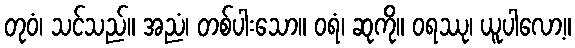
တုဝံ၊ သင်သည်။ အညံ၊ တစ်ပါးသော။ ဝရံ၊ ဆုကို။ ဝရဿု၊ ယူပါလော့။